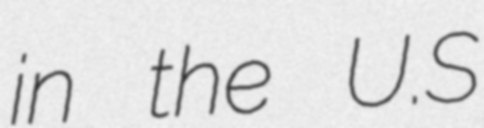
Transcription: in the U.S